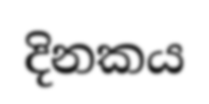
දිනකය